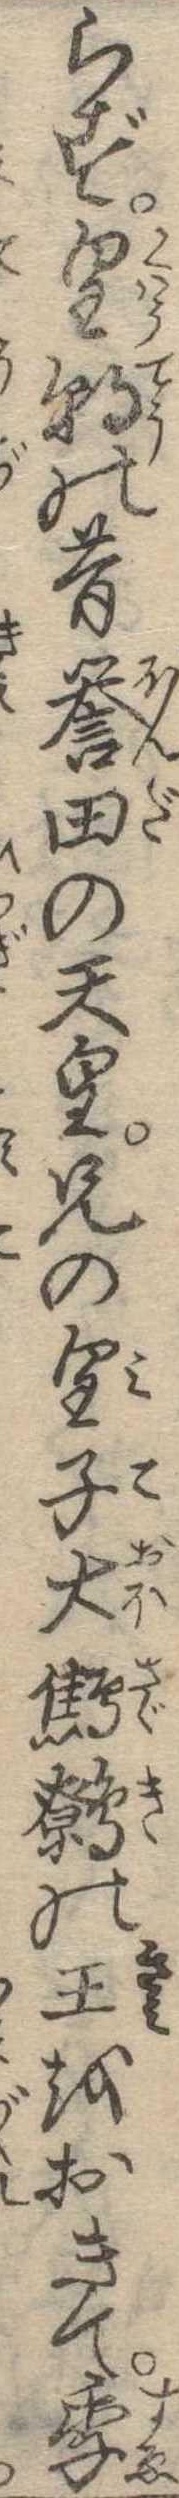
らず皇朝の昔誉田の天皇兄の皇子大鷦鷯の王をおきて季